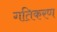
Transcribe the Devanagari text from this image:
गतिकरण